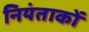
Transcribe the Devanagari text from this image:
नियंताकों